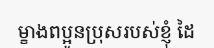
ម្ខាងពប្អូនប្រុសរបស់ខ្ញុំ ដៃ